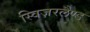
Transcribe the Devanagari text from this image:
स्विज़रलैण्ड